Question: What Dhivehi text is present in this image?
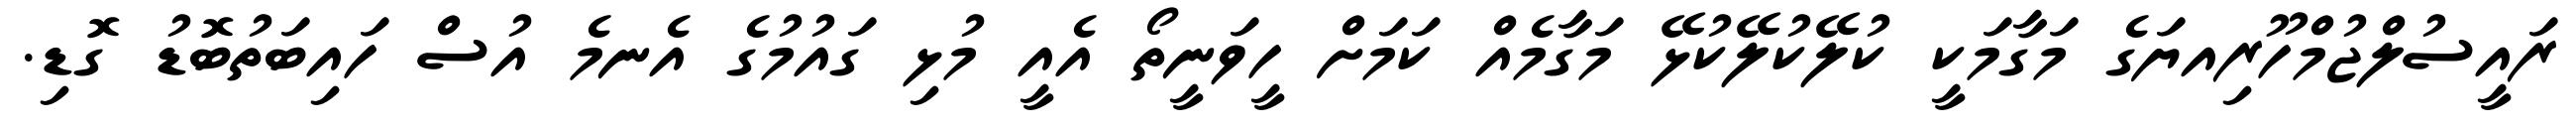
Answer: ރައީސުލްޖުމްހޫރިއޔަގެ މަގާމަކީ ކުލޭކުލޭކުޅޭ މަގާމެއް ކަމަށް ހީވަނީތޯ އެއީ މުޅި ގައުމުގެ އެނމެ އުސް ހައިބަތުބޮޑު ގޮޑި.